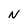
Character: N